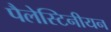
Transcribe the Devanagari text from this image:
पैलेस्टिनीयन